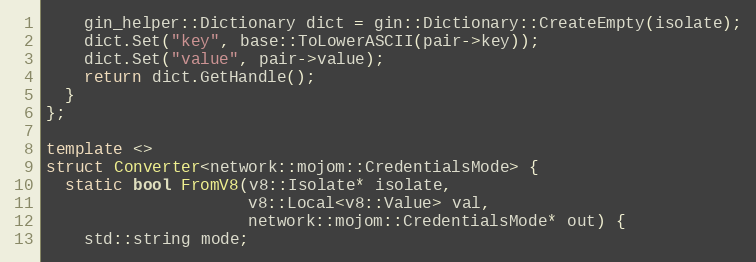
Language: C++
    gin_helper::Dictionary dict = gin::Dictionary::CreateEmpty(isolate);
    dict.Set("key", base::ToLowerASCII(pair->key));
    dict.Set("value", pair->value);
    return dict.GetHandle();
  }
};

template <>
struct Converter<network::mojom::CredentialsMode> {
  static bool FromV8(v8::Isolate* isolate,
                     v8::Local<v8::Value> val,
                     network::mojom::CredentialsMode* out) {
    std::string mode;